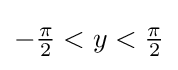
{\textstyle -{\frac {\pi }{2}}<y<{\frac {\pi }{2}}}